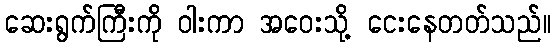
ဆေးရွက်ကြီးကို ဝါးကာ အဝေးသို့ ငေးနေတတ်သည်။